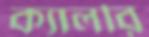
ক্যালরি